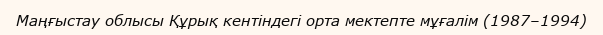
Маңғыстау облысы Құрық кентіндегі орта мектепте мұғалім (1987–1994)